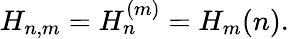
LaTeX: H_{n,m}=H_{n}^{(m)}=H_{m}(n).